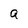
Character: a